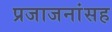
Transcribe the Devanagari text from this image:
प्रजाजनांसह